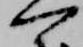
可